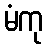
မံကု